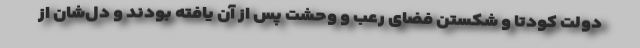
دولت کودتا و شکستن فضای رعب و وحشت پس از آن یافته بودند و دل‌شان از